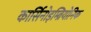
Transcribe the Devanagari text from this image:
कार्सिनोइम्ब्रियोनिक